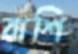
বাশি